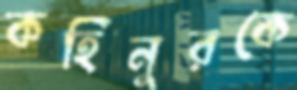
কহিনুরকে